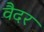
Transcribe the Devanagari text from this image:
वैदर